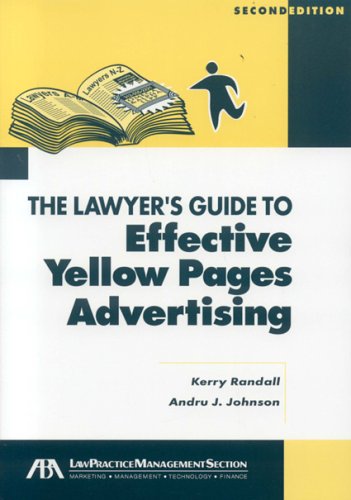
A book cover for The Lawyer's Guide to Effective Yellow Pages Advertising; Kerry Randall; Law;